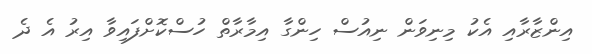
އިންޒާރާއި އެކު މިނިވަން ނިއުސް ހިންގާ އިމާރާތް ހުސްކޮށްފައިވާ އިރު އެ ދެ